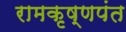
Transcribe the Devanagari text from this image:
रामकृष्णपंत